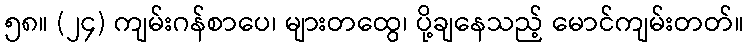
၅၈။ (၂၄) ကျမ်းဂန်စာပေ၊ များတထွေ၊ ပို့ချနေသည့် မောင်ကျမ်းတတ်။